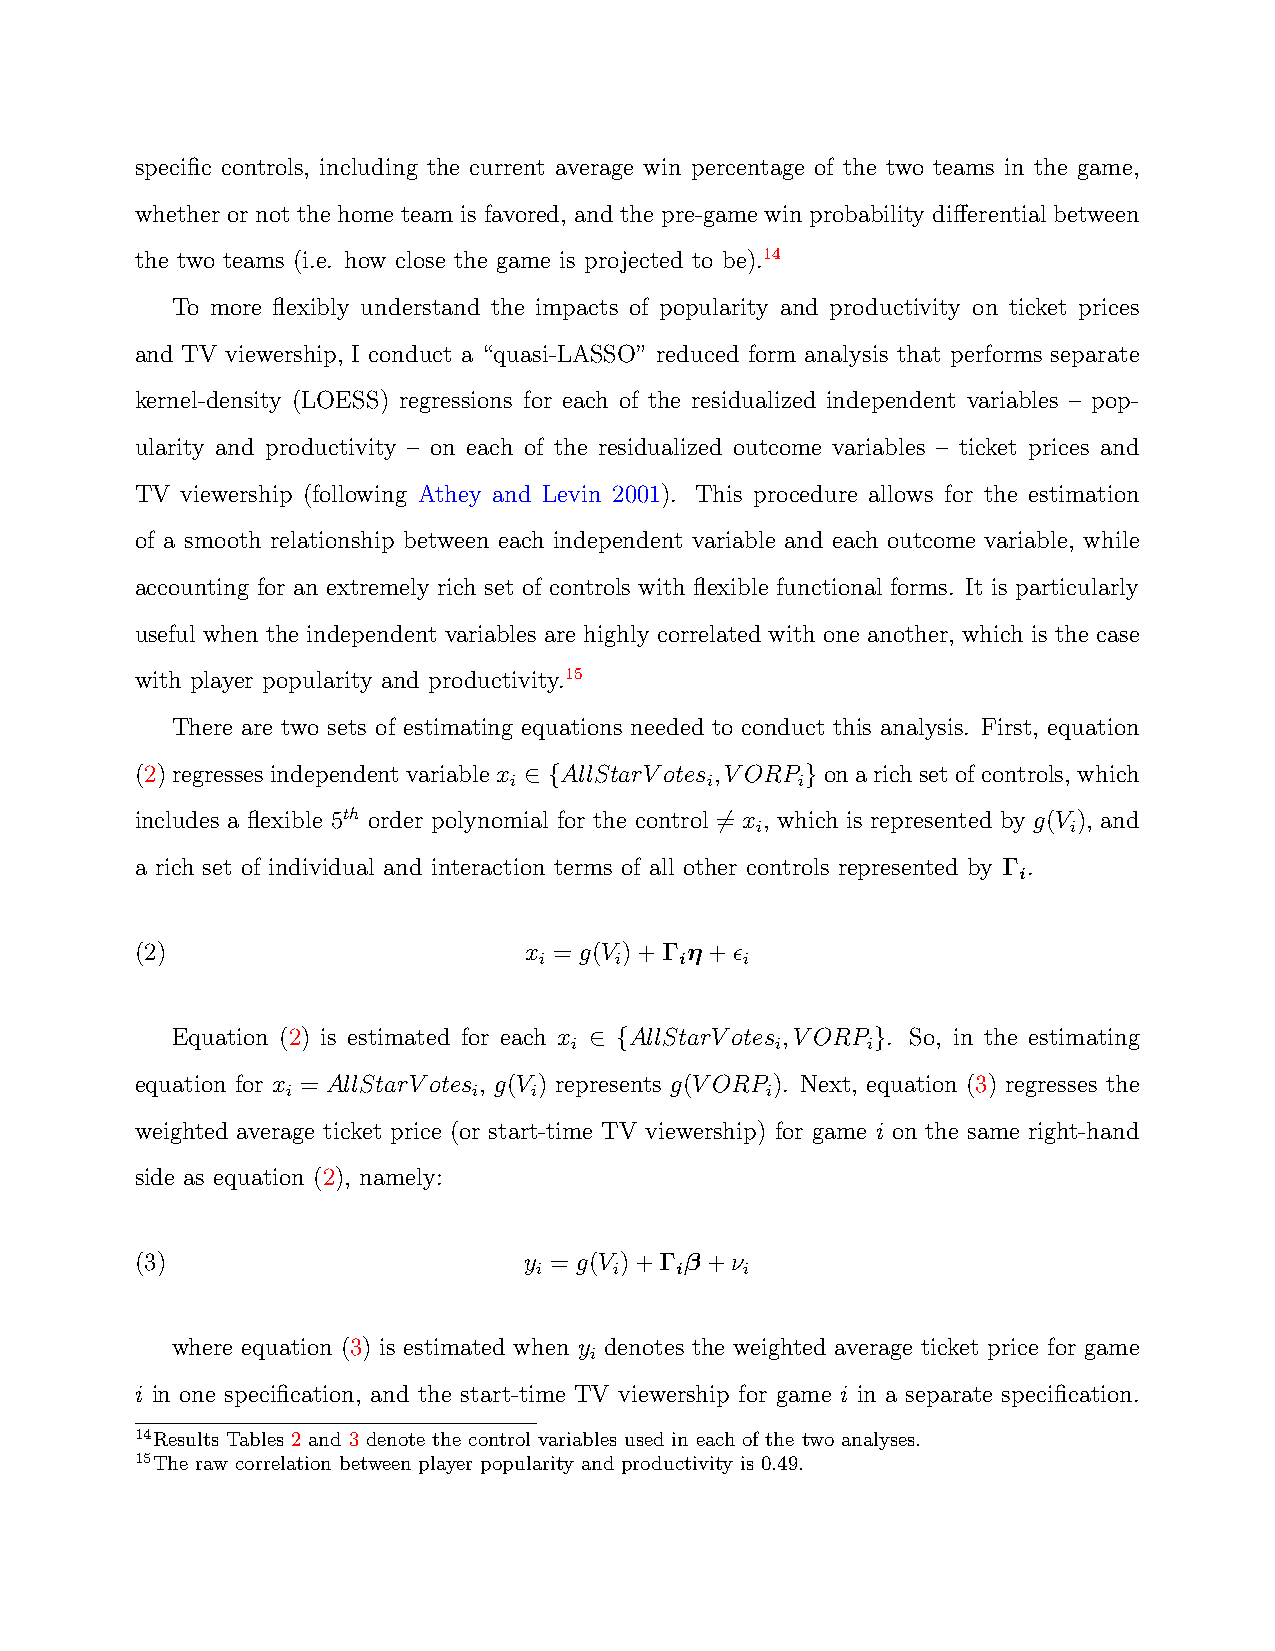
specific controls, including the current average win percentage of the two teams in the game,
 whether or not the home team is favored, and the pre-game win probability differential between
 the two teams (i.e. how close the game is projected to be).14
 To more flexibly understand the impacts of popularity and productivity on ticket prices
 and TV viewership, I conduct a “quasi-LASSO” reduced form analysis that performs separate
 kernel-density (LOESS) regressions for each of the residualized independent variables – pop-
 ularity and productivity – on each of the residualized outcome variables – ticket prices and
 TV viewership (following Athey and Levin 2001). This procedure allows for the estimation
 of a smooth relationship between each independent variable and each outcome variable, while
 accounting for an extremely rich set of controls with flexible functional forms. It is particularly
 useful when the independent variables are highly correlated with one another, which is the case
 with player popularity and productivity.15
 There are two sets of estimating equations needed to conduct this analysis. First, equation
 (2)regressesindependentvariablex ∈ {AllStarVotes ,VORP }onarichsetofcontrols, which
 i            i     i
 includes a flexible 5th order polynomial for the control ̸= x , which is represented by g(V ), and
 i                    i
 a rich set of individual and interaction terms of all other controls represented by Γ .
 i
 (2)                       x = g(V )+Γ η +ϵ
 i    i   i   i
 Equation (2) is estimated for each x ∈ {AllStarVotes ,VORP }. So, in the estimating
 i            i     i
 equation for x = AllStarVotes , g(V ) represents g(VORP ). Next, equation (3) regresses the
 i           i   i               i
 weighted average ticket price (or start-time TV viewership) for game i on the same right-hand
 side as equation (2), namely:
 (3)                       y = g(V )+Γ β +ν
 i    i   i   i
 where equation (3) is estimated when y denotes the weighted average ticket price for game
 i
 i in one specification, and the start-time TV viewership for game i in a separate specification.
 14Results Tables 2 and 3 denote the control variables used in each of the two analyses.
 15The raw correlation between player popularity and productivity is 0.49.